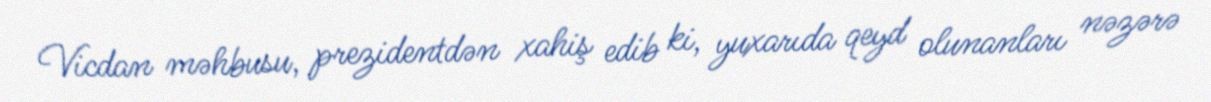
Vicdan məhbusu, prezidentdən xahiş edib ki, yuxarıda qeyd olunanları nəzərə